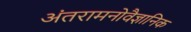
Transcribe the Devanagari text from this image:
अंतरामनोवैज्ञानिक